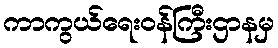
ကာကွယ်ရေးဝန်ကြီးဌာနမှ